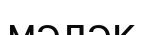
мәләк